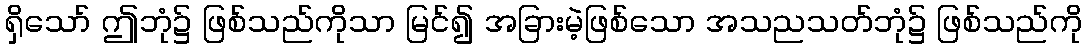
ရှိသော် ဤဘုံ၌ ဖြစ်သည်ကိုသာ မြင်၍ အခြားမဲ့ဖြစ်သော အသညသတ်ဘုံ၌ ဖြစ်သည်ကို